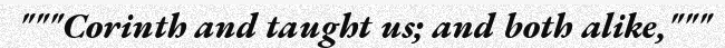
"""Corinth and taught us; and both alike,"""